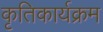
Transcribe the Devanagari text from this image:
कृतिकार्यक्रम